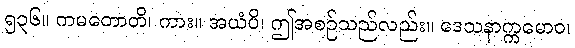
၅၃၆။ ကမတောတိ၊ ကား။ အယံပိ၊ ဤအစဉ်သည်လည်း။ ဒေသနာက္ကမောဝ၊